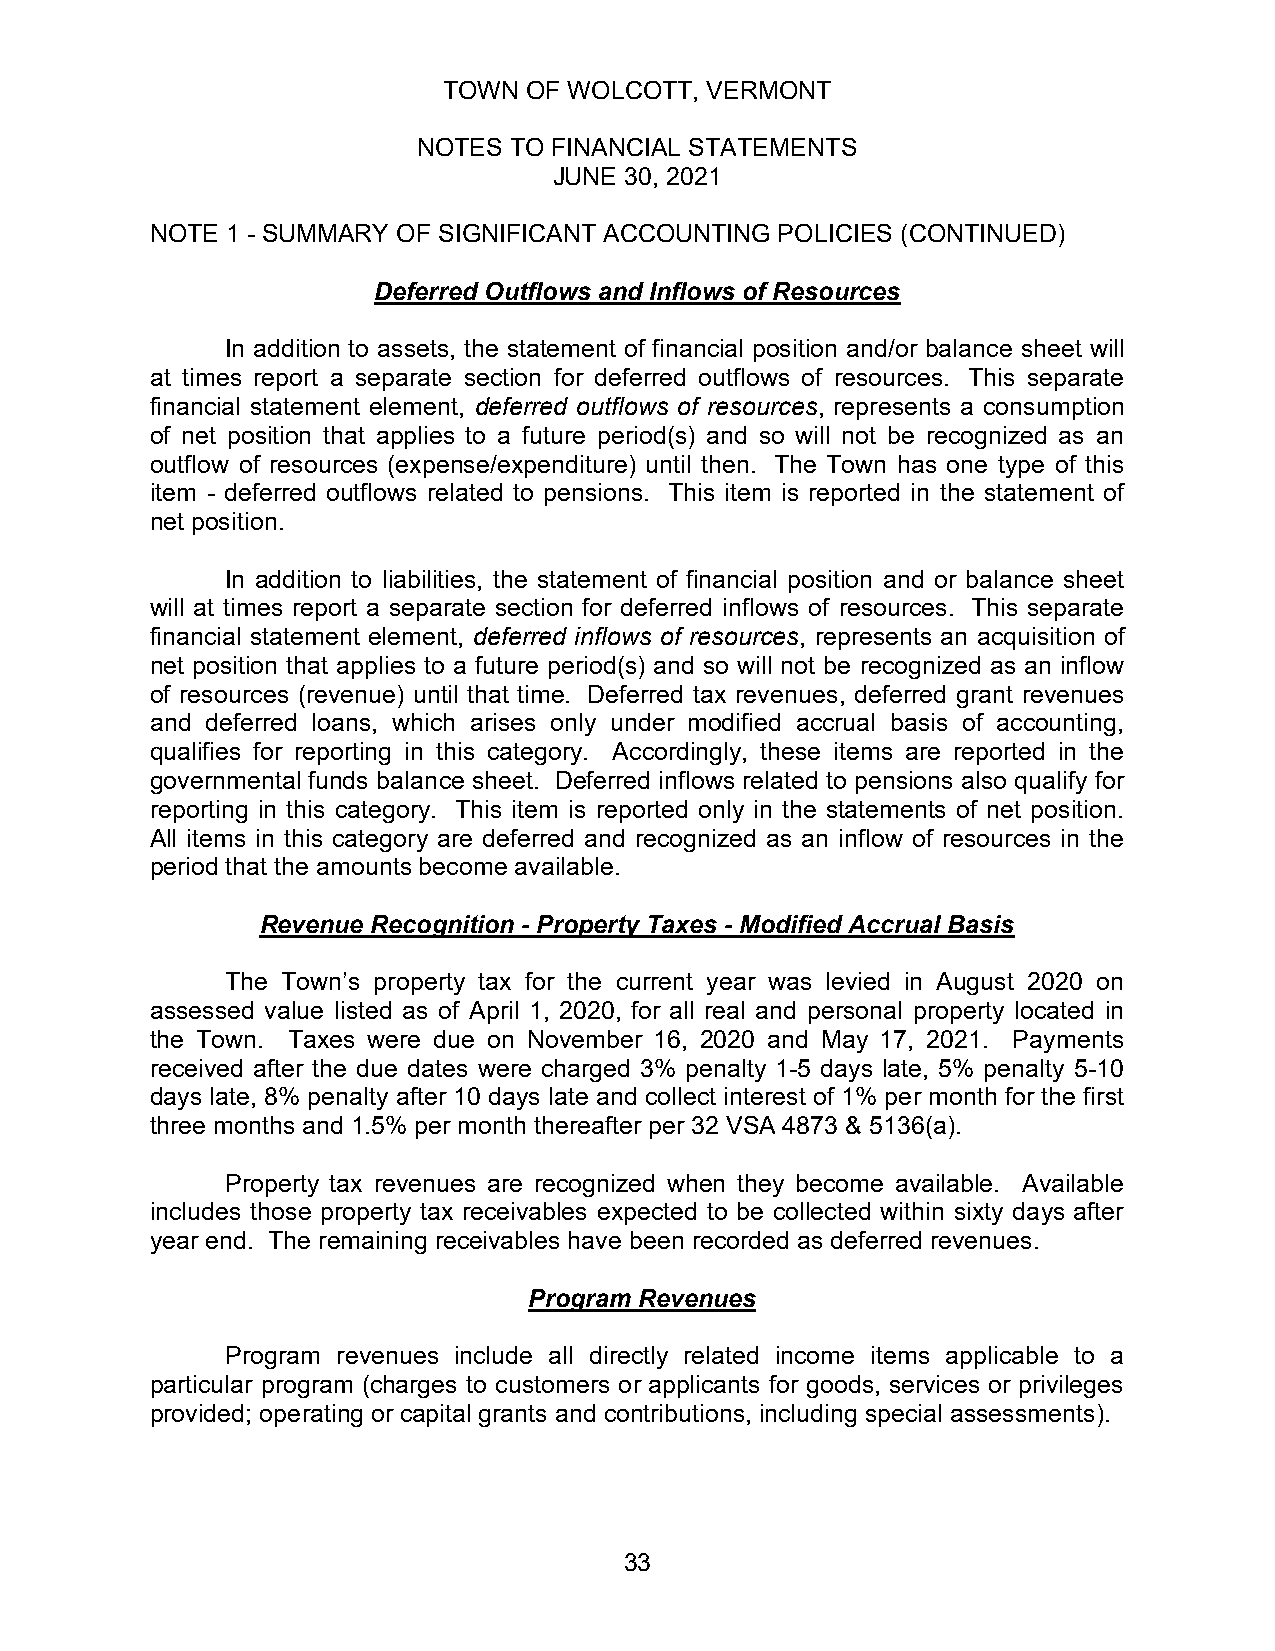
TOWN  OF WOLCOTT, VERMONT
 NOTES TO FINANCIAL STATEMENTS
 JUNE 30, 2021
 NOTE 1 - SUMMARY OF SIGNIFICANT ACCOUNTING POLICIES (CONTINUED)
 Deferred Outflows and Inflows of Resources
 In addition to assets, the statement of financial position and/or balance sheet will
 at times report a separate section for deferred outflows of resources. This separate
 financial statement element, deferred outflows of resources, represents a consumption
 of net position that applies to a future period(s) and so will not be recognized as an
 outflow of resources (expense/expenditure) until then. The Town has one type of this
 item - deferred outflows related to pensions. This item is reported in the statement of
 net position.
 In addition to liabilities, the statement of financial position and or balance sheet
 will at times report a separate section for deferred inflows of resources. This separate
 financial statement element, deferred inflows of resources, represents an acquisition of
 net position that applies to a future period(s) and so will not be recognized as an inflow
 of resources (revenue) until that time. Deferred tax revenues, deferred grant revenues
 and deferred loans, which arises only under modified accrual basis of accounting,
 qualifies for reporting in this category. Accordingly, these items are reported in the
 governmental funds balance sheet. Deferred inflows related to pensions also qualify for
 reporting in this category. This item is reported only in the statements of net position.
 All items in this category are deferred and recognized as an inflow of resources in the
 period that the amounts become available.
 Revenue Recognition - Property Taxes - Modified Accrual Basis
 The Town’s property tax for the current year was levied in August 2020 on
 assessed value listed as of April 1, 2020, for all real and personal property located in
 the Town. Taxes were due on November 16, 2020 and May 17, 2021. Payments
 received after the due dates were charged 3% penalty 1-5 days late, 5% penalty 5-10
 days late, 8% penalty after 10 days late and collect interest of 1% per month for the first
 three months and 1.5% per month thereafter per 32 VSA 4873 & 5136(a).
 Property tax revenues are recognized when they become available. Available
 includes those property tax receivables expected to be collected within sixty days after
 year end. The remaining receivables have been recorded as deferred revenues.
 Program Revenues
 Program revenues include all directly related income items applicable to a
 particular program (charges to customers or applicants for goods, services or privileges
 provided; operating or capital grants and contributions, including special assessments).
 33